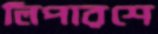
লিপারশে